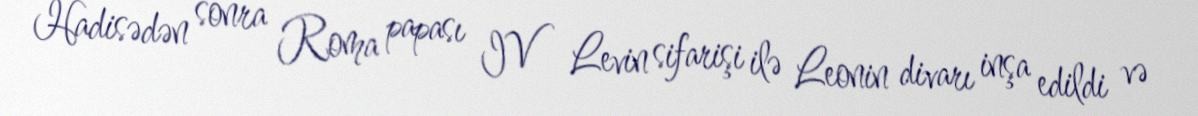
Hadisədən sonra Roma papası IV Levin sifarişi ilə Leonin divarı inşa edildi və